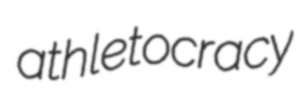
athletocracy